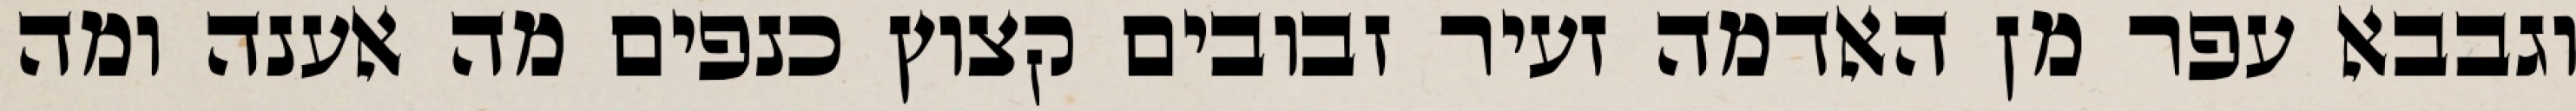
וגבבא עפר מן האדמה זעיר זבובים קצוץ כנפים מה אענה ומה